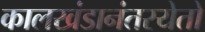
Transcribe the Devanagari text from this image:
कालखंडानंतरयेतो